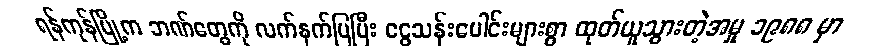
ရန်ကုန်မြို့က ဘဏ်တွေကို လက်နက်ပြပြီး ငွေသန်းပေါင်းများစွာ ထုတ်ယူသွားတဲ့အမှု ၁၉၈၈ မှာ